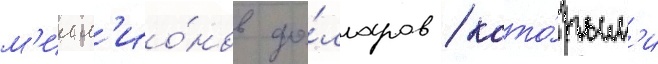
м'илл'ио́нов до́лларов / кото́рым'и